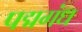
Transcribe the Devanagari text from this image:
पद्मगंध